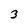
Character: 3